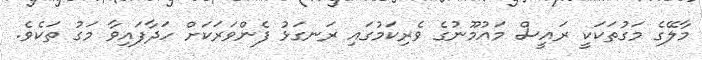
މާލޭގެ މަގުތަކަކީ ރައީސް މައުމޫނުގެ ވެރިކަމުގައި ރަނގަޅު ފެންވަރަކަށް ހަދާފައިވާ މަގު ތަކެވެ.